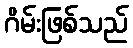
ဂိမ်းဖြစ်သည်